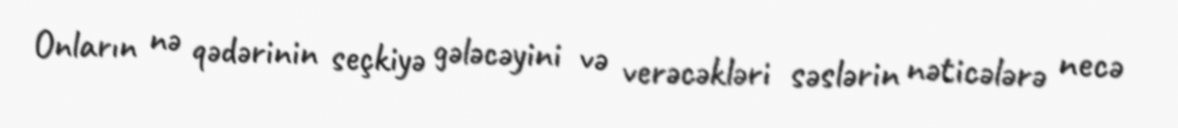
Onların nə qədərinin seçkiyə gələcəyini və verəcəkləri səslərin nəticələrə necə